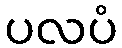
ပလပံ